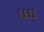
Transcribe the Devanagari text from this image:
ध्ध्ध्